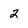
Character: 2